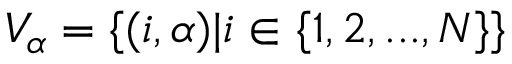
V _ { \alpha } = \{ ( i , \alpha ) | i \in \{ 1 , 2 , . . . , N \} \}